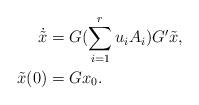
LaTeX: \begin{align*}\dot{\tilde{x}} &=G (\sum_{i=1}^r u_i A_i) G'\tilde{x}, \\\tilde{x}(0) &=Gx_0.\end{align*}